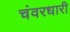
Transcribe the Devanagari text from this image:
चंवरधारी